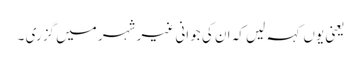
یعنی یوں کہہ لیں کہ ان کی جوانی غیر شہر میں گزری ۔